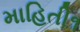
માહિતી૧